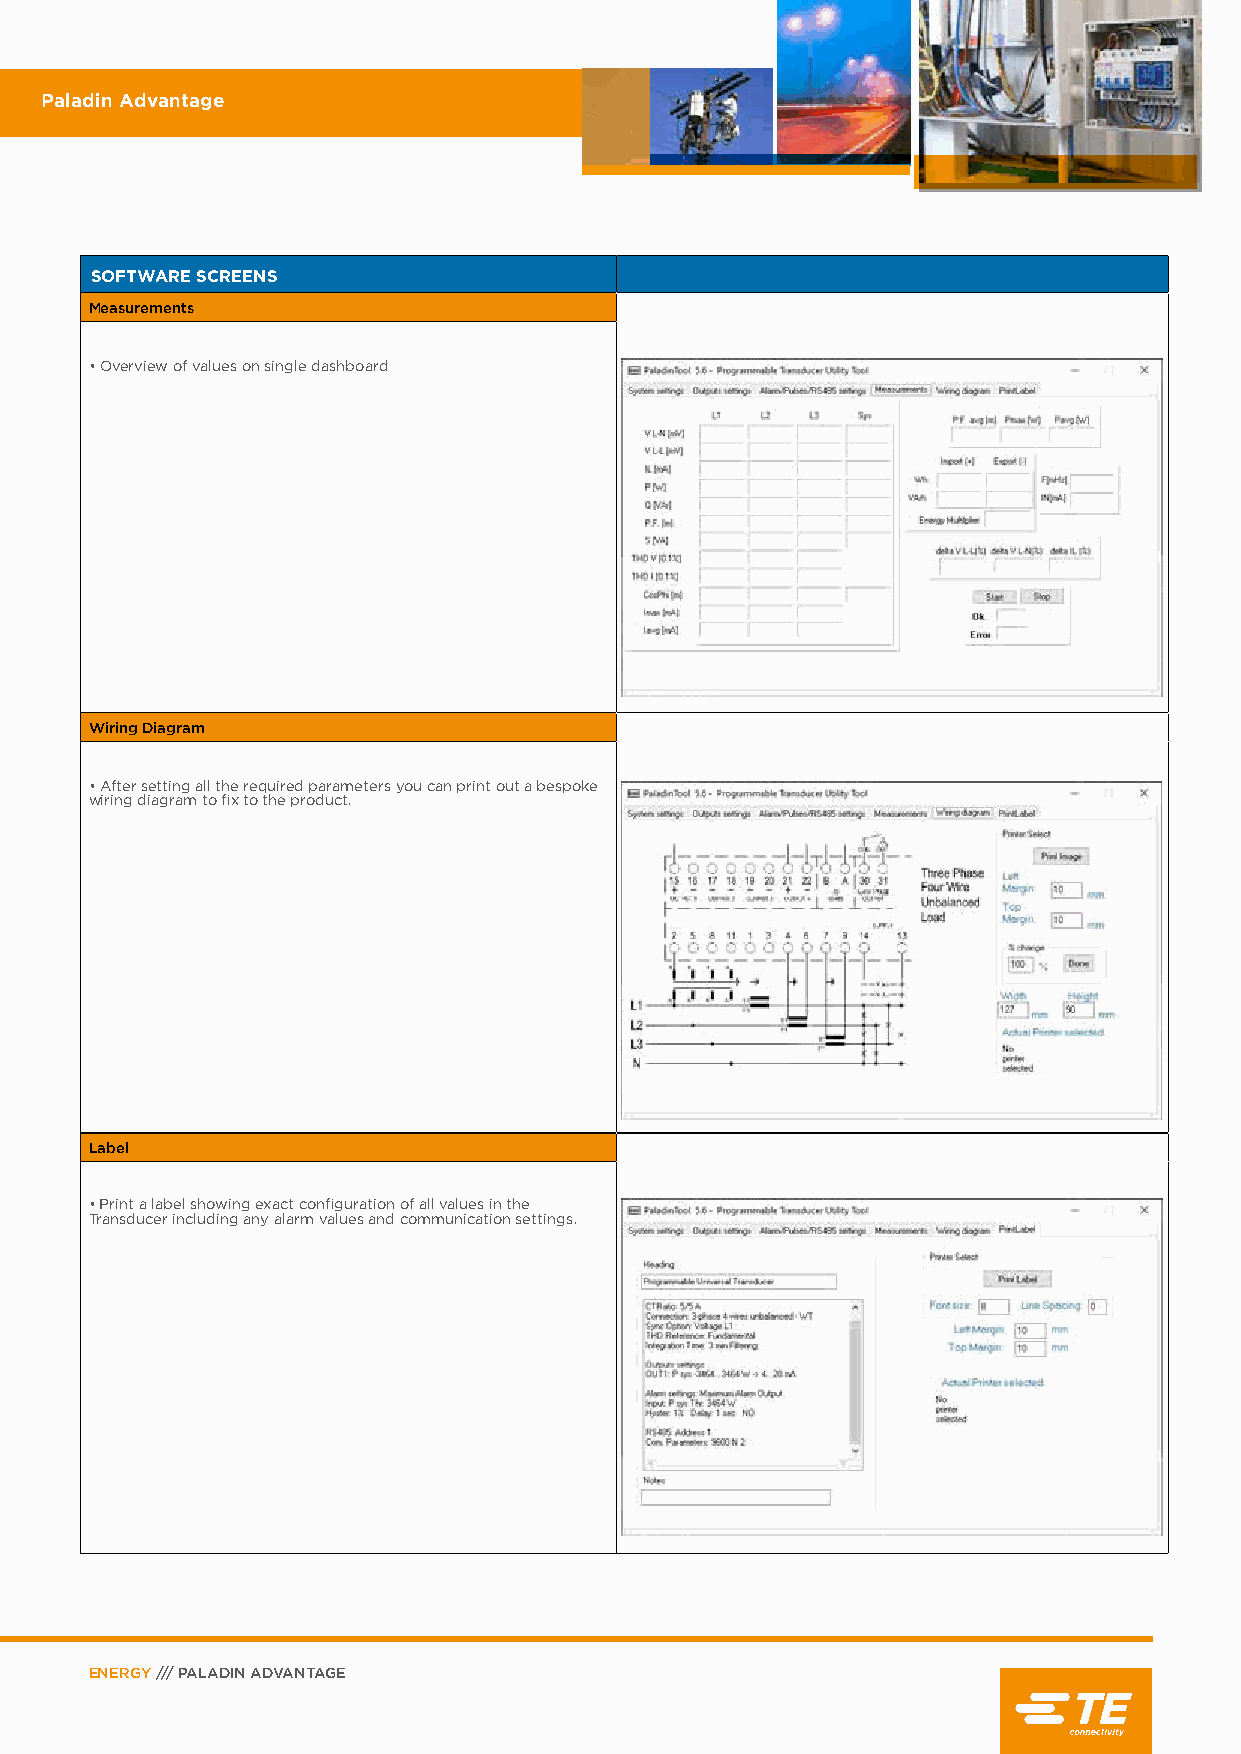
Paladin Advantage
 SOFTWARE SCREENS
 Measurements
 • Overview of values on single dashboard
 Wiring Diagram
 • After setting all the required parameters you can print out a bespoke
 wiring diagram to fix to the product.
 Label
 • Print a label showing exact configuration of all values in the
 Transducer including any alarm values and communication settings.
 ENERGY /// PALADIN ADVANTAGE